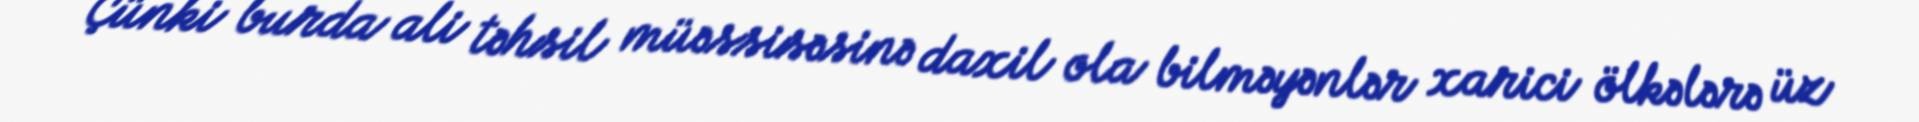
Çünki burda ali təhsil müəssisəsinə daxil ola bilməyənlər xarici ölkələrə üz